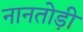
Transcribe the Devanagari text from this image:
नानतोड़ी